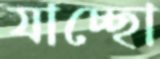
যাচ্ছো